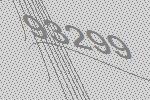
93299